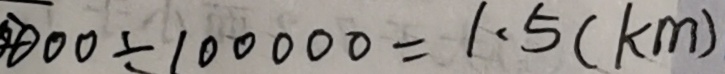
0 0 0 \div 1 0 0 0 0 0 = 1 . 5 ( k m )